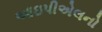
આઇપીએલનો